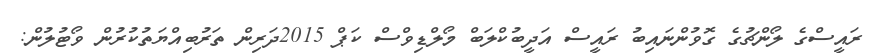
ރައީސްގެ ލޯންޗުގެ ގޮވުންނައިބު ރައީސް އަދީބުކްލަބް މޯލްޑިވްސް ކަޕް 2015ދަރިން ތަރުބިއްޔަތުކުރުން ވޯޓުލުން: